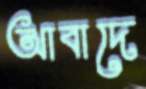
আবাদে